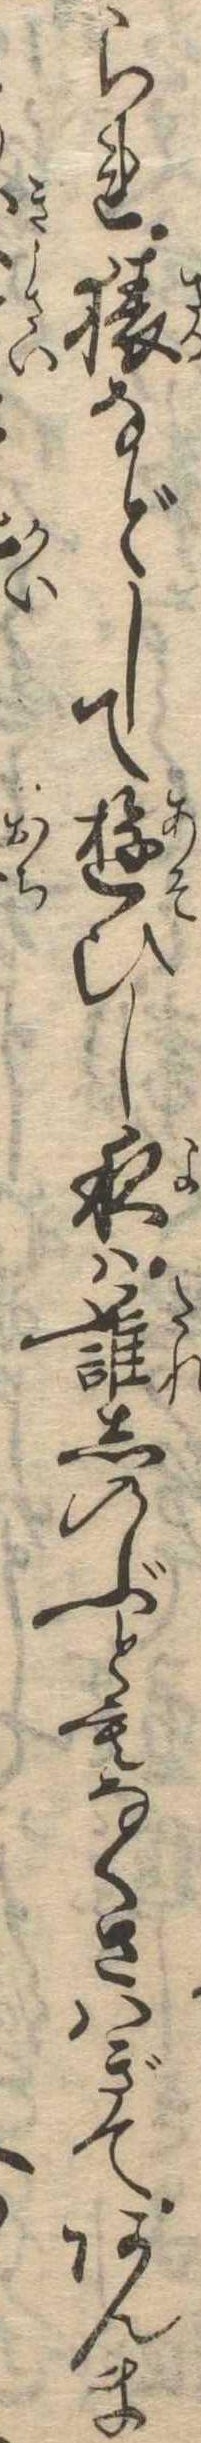
られ猿などして遊ひし夜は誰しのぶともなくさはぎてあんま